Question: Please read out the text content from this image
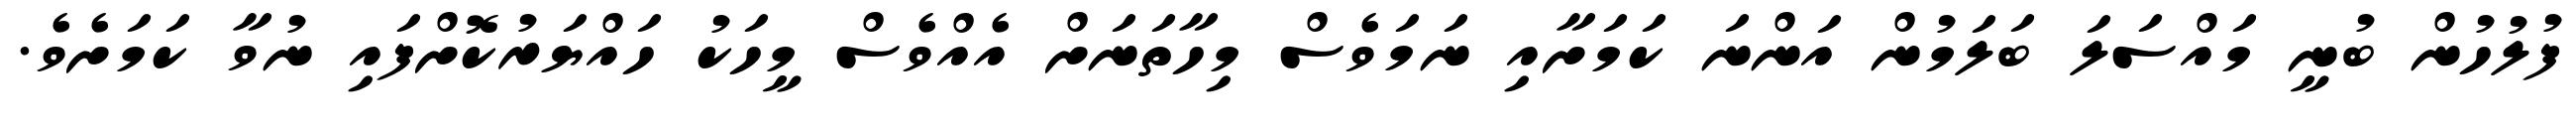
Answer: ފުލުހުން ބުނީ މައްސަލަ ބަލަމުން އަންނަ ކަމަށާއި ނަމަވެސް މިހާތަނަށް އެއްވެސް މީހަކު ހައްޔަރުކޮށްފައި ނުވާ ކަމަށެވެ.